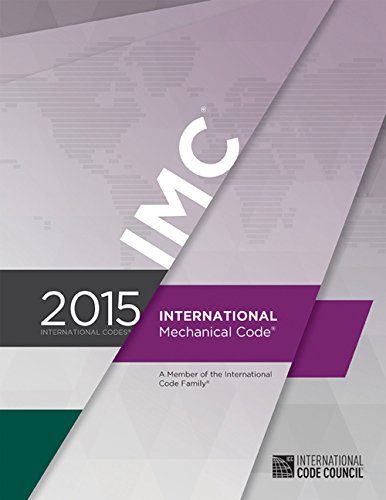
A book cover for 2015 International Mechanical Code; International Code Council; Engineering & Transportation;